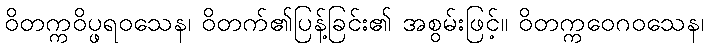
ဝိတက္ကဝိပ္ဖရဝသေန၊ ဝိတက်၏ပြန့်ခြင်း၏ အစွမ်းဖြင့်။ ဝိတက္ကဝေဂဝသေန၊